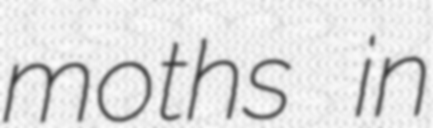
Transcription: moths in